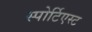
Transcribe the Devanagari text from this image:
स्पोर्टिएस्ट